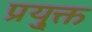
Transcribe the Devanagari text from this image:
प्रयु्क्त